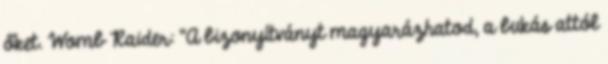
őket. Womb Raider: "A bizonyítványt magyarázhatod, a bukás attól